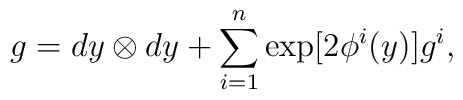
g= dy \otimes dy + \sum_{i=1}^{n} \exp[2{\phi^{i}}(y)] g^i,